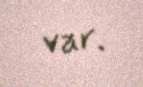
var.